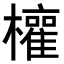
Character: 𭬳